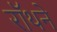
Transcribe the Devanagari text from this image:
रॉथने